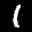
Label: 1